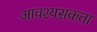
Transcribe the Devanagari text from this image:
आवश्यसकता